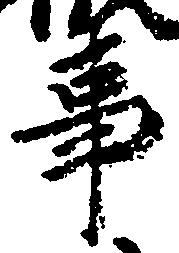
事